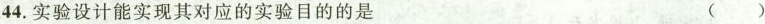
44.实验设计能实现其对应的实验目的的是（）